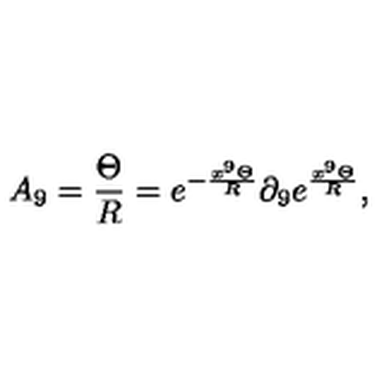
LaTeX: A _ { 9 } = \frac { \Theta } { R } = e ^ { - \frac { x ^ { 9 } \Theta } { R } } \partial _ { 9 } e ^ { \frac { x ^ { 9 } \Theta } { R } } ,